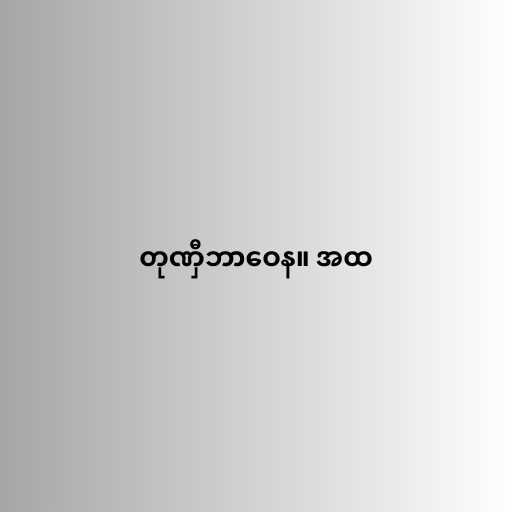
တုဏှီဘာဝေန။ အထ